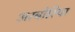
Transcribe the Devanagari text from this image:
अरबोरिया